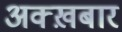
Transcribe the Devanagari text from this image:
अक्ख़बार